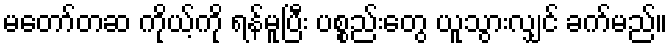
မတော်တဆ ကိုယ့်ကို ရန်မူပြီး ပစ္စည်းတွေ ယူသွားလျှင် ခက်မည်။